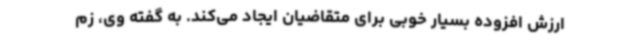
ارزش افزوده بسیار خوبی برای متقاضیان ایجاد می‌کند. به گفته وی، زم